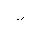
Letter: _thal